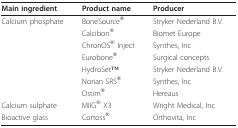
<table><thead><tr><td><b>Main ingredient</b></td><td><b>Product name</b></td><td><b>Producer</b></td></tr></thead><tbody><tr><td>Calcium phosphate</td><td>BoneSource<sup>®</sup></td><td>Stryker Nederland B.V.</td></tr><tr><td></td><td>Calcibon<sup>®</sup></td><td>Biomet Europe</td></tr><tr><td></td><td>ChronOS<sup>® </sup>Inject</td><td>Synthes, Inc</td></tr><tr><td></td><td>Eurobone<sup>®</sup></td><td>Surgical concepts</td></tr><tr><td></td><td>HydroSetTM</td><td>Stryker Nederland B.V.</td></tr><tr><td></td><td>Norian SRS<sup>®</sup></td><td>Synthes, Inc</td></tr><tr><td></td><td>Ostim<sup>®</sup></td><td>Hereaus</td></tr><tr><td>Calcium sulphate</td><td>MIIG<sup>® </sup>X3</td><td>Wright Medical, Inc</td></tr><tr><td>Bioactive glass</td><td>Cortoss<sup>®</sup></td><td>Orthovita, Inc</td></tr></tbody></table>